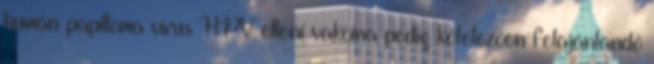
humán papilloma vírus HPV elleni vakcina pedig kötelezően felajánlandó